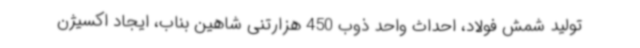
تولید شمش فولاد، احداث واحد ذوب 450 هزارتنی شاهین بناب، ایجاد اکسیژن